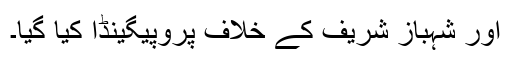
اور شہباز شریف کے خلاف پروپیگینڈا کیا گیا۔